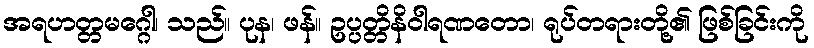
အရဟတ္တမဂ္ဂေါ၊ သည်။ ပုန၊ ဖန်။ ဥပ္ပတ္တိနိဝါရဏတော၊ ရုပ်တရားတို့၏ ဖြစ်ခြင်းကို